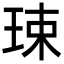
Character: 㻋